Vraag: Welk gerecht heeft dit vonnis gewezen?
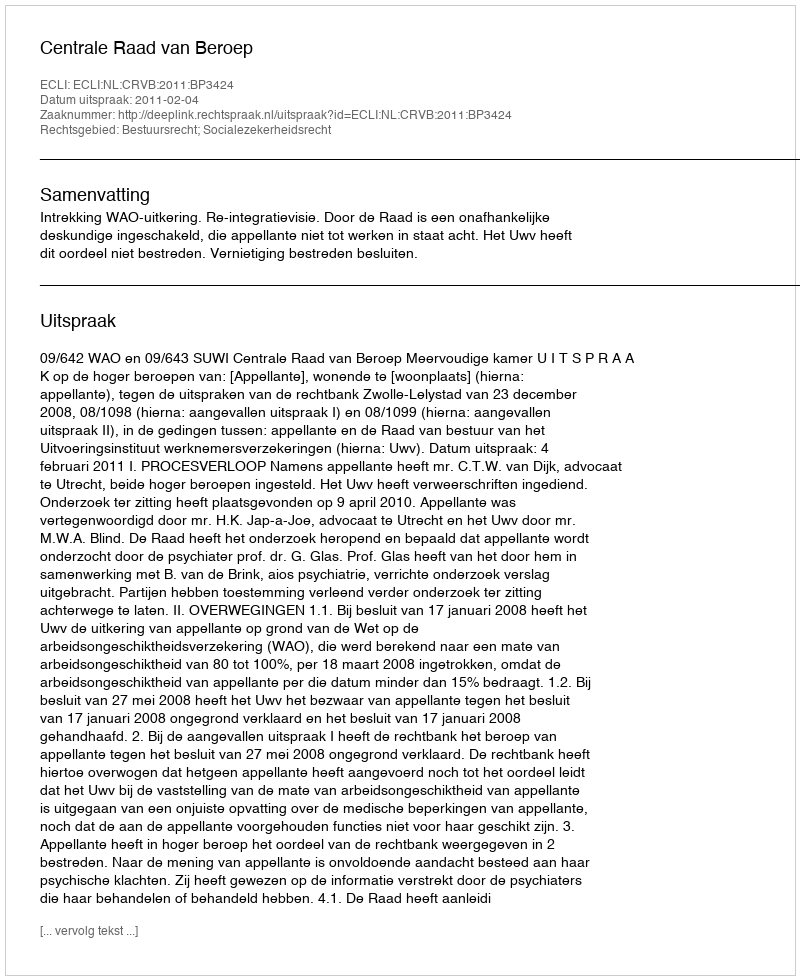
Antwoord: Centrale Raad van Beroep